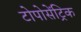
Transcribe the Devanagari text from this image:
टोपोसेंट्रिक